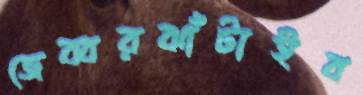
জেব্বরঝাঁটাইব